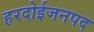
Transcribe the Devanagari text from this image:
हरदोईजनपद